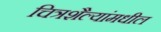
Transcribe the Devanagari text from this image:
चित्रशैल्यांमधील